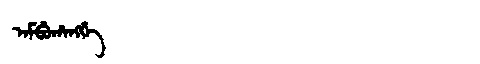
Manchu: ᠠᠮᠪᡠᡥᠠᠩᡤᡝ
Romanization: AMBUHANGGE